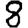
Digit: 8